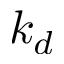
k _ { d }